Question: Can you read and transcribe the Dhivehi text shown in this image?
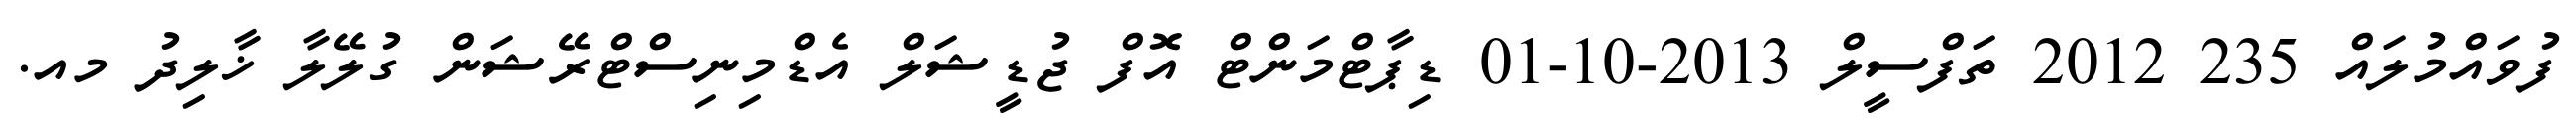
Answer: ފުވައްމުލައް 235 2012 ތަފްސީލް 2013-10-01 ޑިޕާޓްމަންޓް އޮފް ޖުޑީޝަލް އެޑްމިނިސްޓްރޭޝަން ގުލޭލާ ޚާލިދު މއ.